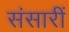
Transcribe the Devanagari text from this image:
संसारीं